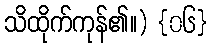
သိထိုက်ကုန်၏။) {၀၆}